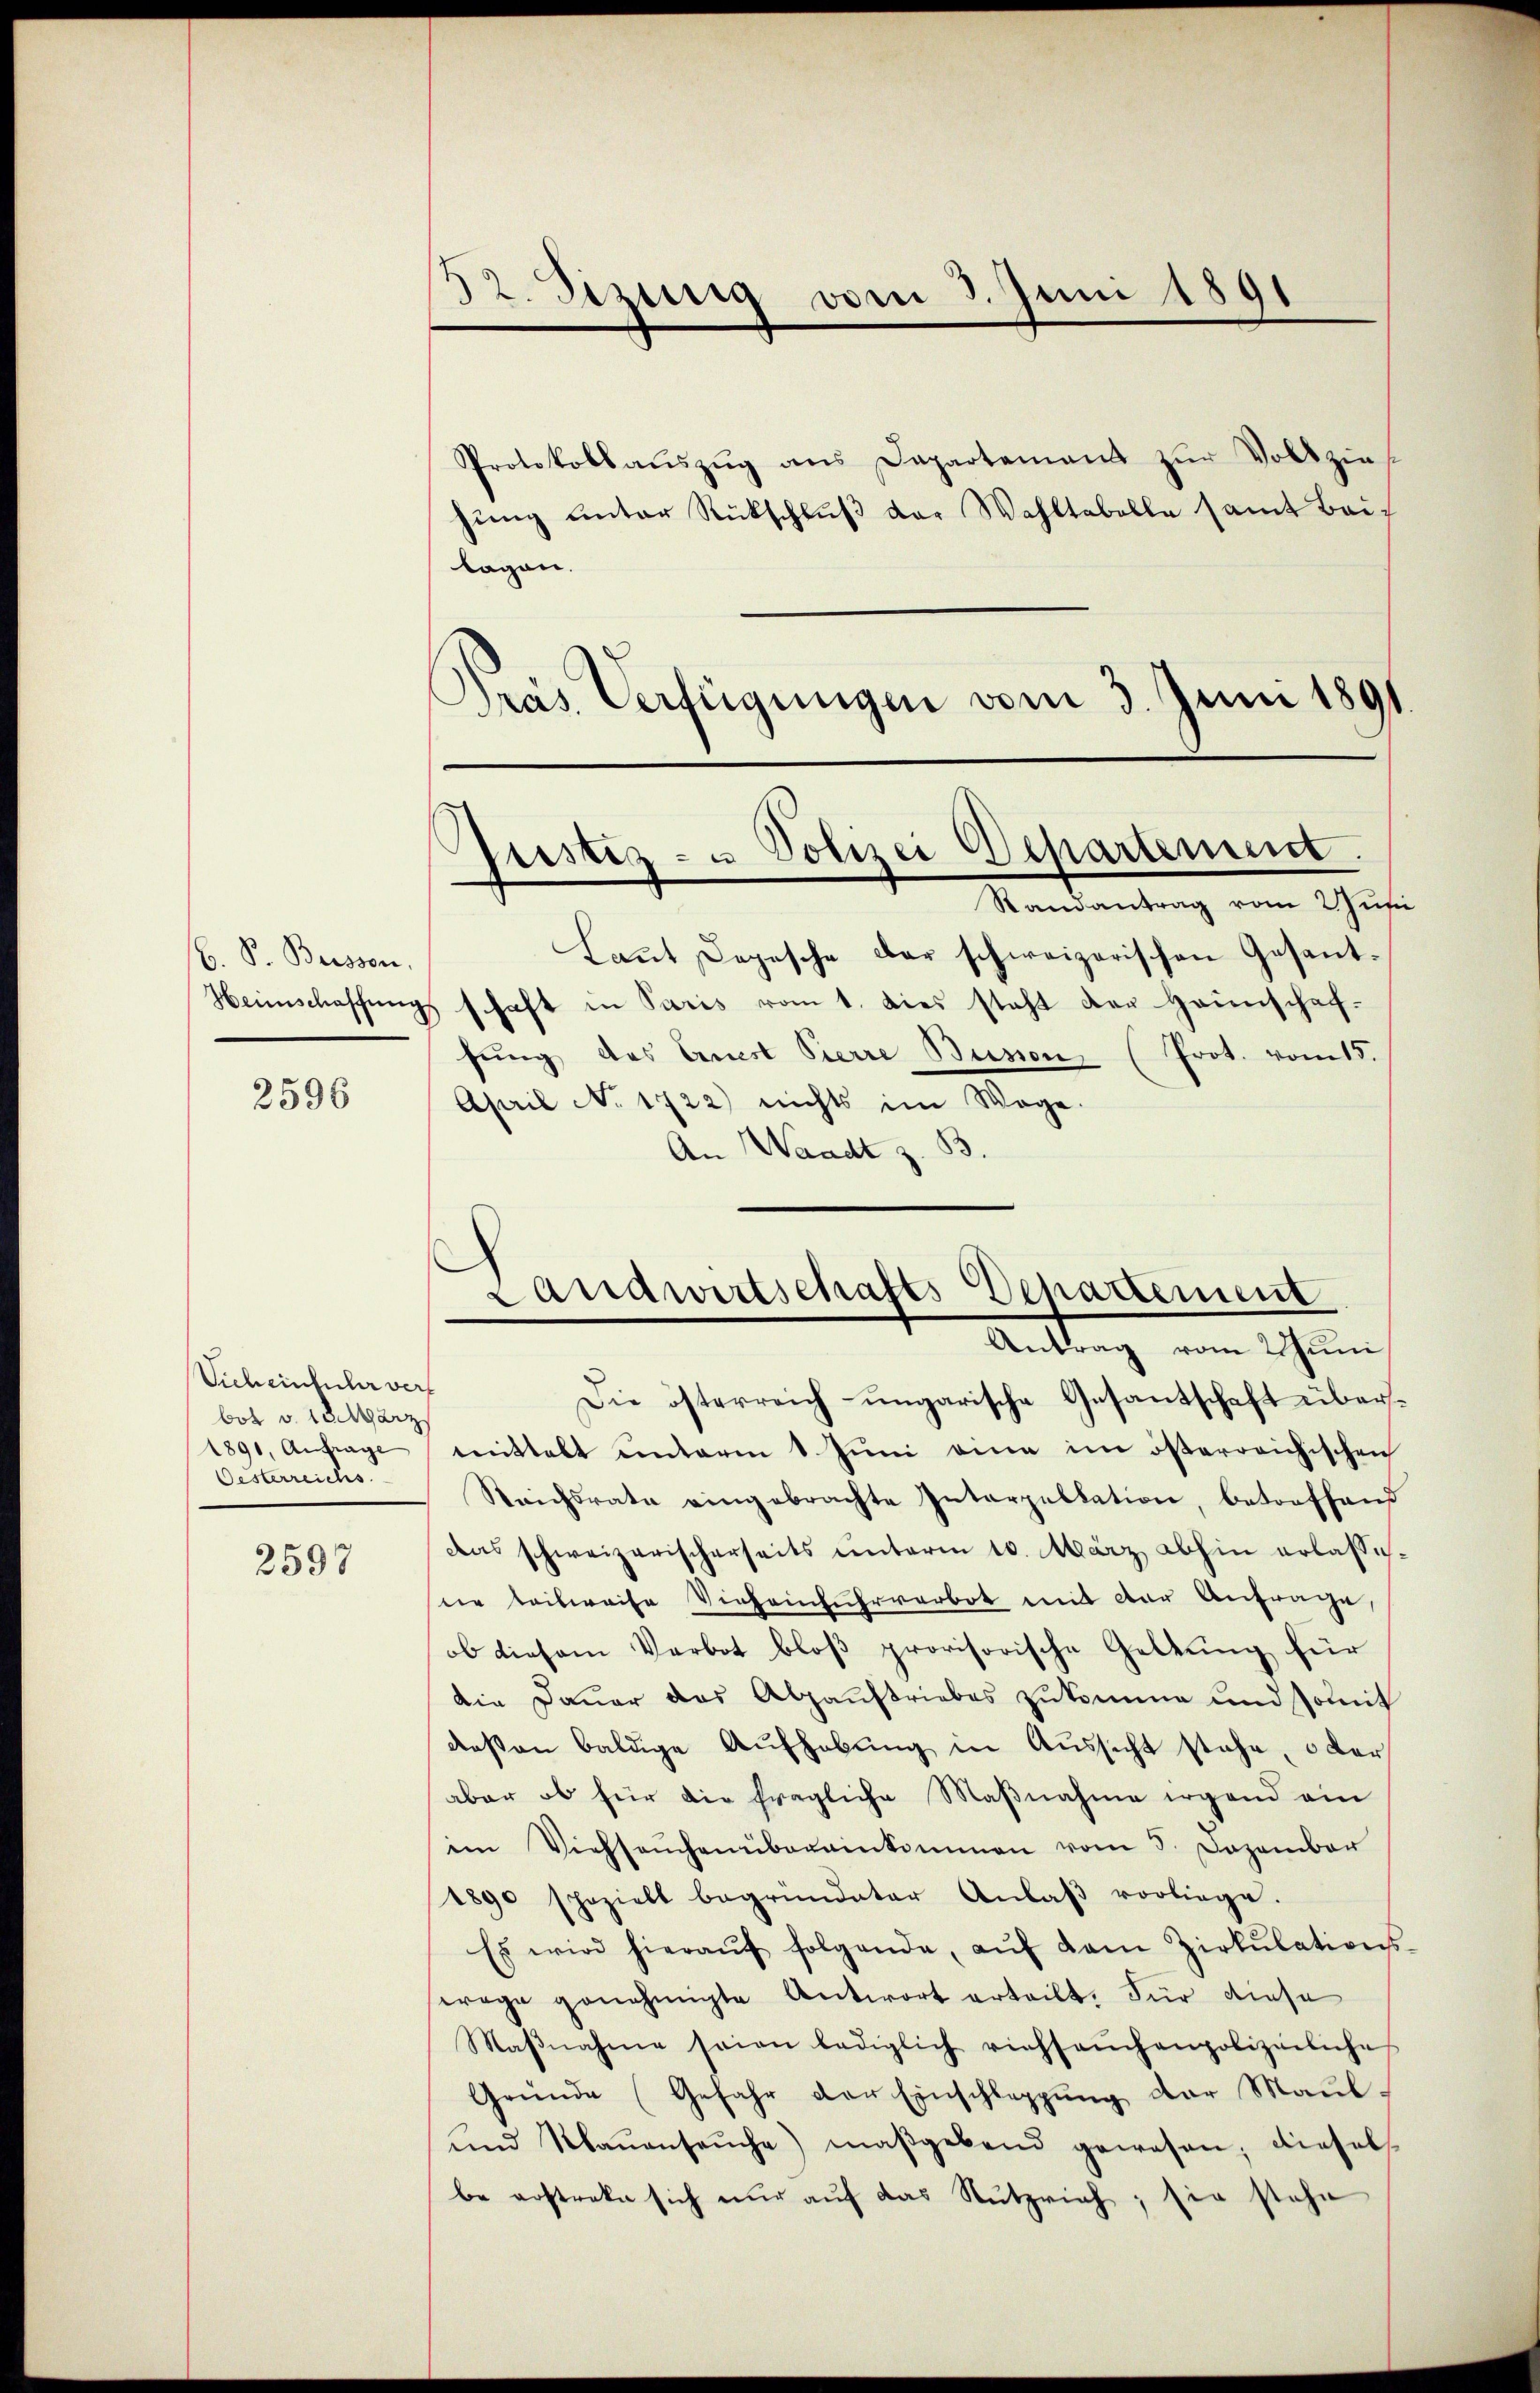
b. S. Buisson,

2596

Vich einfuhr vers
bot v. 18. März
1890, Anfrage
Oesterreichs.

2597

52. Sizinig vom 3. Juni 1891

Protokollaŭszŭg ans Departement zŭr Vollzins
hŭng ŭnter Rückschlŭβ der Wahltabelle samt Bailagen.
Präs. Verfügungen vom 3. Juni 1891
Laut Depesche der schweizerischen Gesant¬
Heimschaffungs schaft in Paris vom 1. dies steht der Haunschaffung des Ancst Pierre Bunion (Prot. vom 15.
April No 1722) nichts im Wege.
An Waadt z. B.
Die österreich-ungarische Gesantschaft übersmittelt unterm 1. Juni eine im österreichischen
Strichsrate eingebrachte Interpellation, betreffend
das schweizerischerseits unterm 10. März abhin erlasse.
ne teilweise Vieheinfuhrverbot mit der Anfrage,
ob diesem Verbot bloß provisorische Geltung für
die Dauer das Abhaustriebes zukomme und somit
deßen baldige Aufhebung in Aussicht stehe, oder
aber ob für die fragliche Maßnahme irgend ein
im Viehseuchen übereinkommen vom 5. Dezember
1890 speziell begründeter Anlaβ vorliege.
Es wird hieraŭf folgende, aŭf dem Zirkŭlations-
wrege genehmigte Antwort erteilt. Für diese
Maβnahme seien lediglich richsaŭchenpolizeiliche
Gründe (Gefahr der Einschleppung der Maul¬
und Maŭensaŭche) maßgebend gewesen; diesel
be erstreke sich nŭr aŭf das Nŭtzrich; sie stehe

Justiz- u Polizei Departement.
Randantrag vom 2 Juni

d
Landwirtschafts Departement
Antrag vom Juni